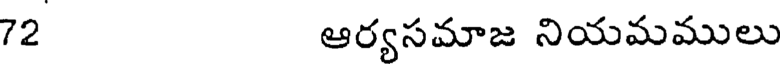
72 ఆర్యసమాజ నియమములు